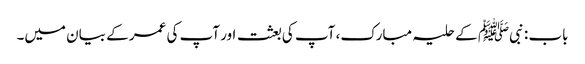
باب : نبیﷺ کے حلیہ مبارک، آپ کی بعثت اور آپ کی عمر کے بیان میں۔